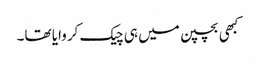
کبھی بچپن میں ہی چیک کروایا تھا۔